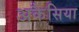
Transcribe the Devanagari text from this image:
अकैसिया